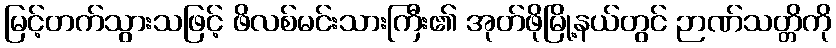
မြင့်တက်သွားသဖြင့် ဖိလစ်မင်းသားကြီး၏ အုတ်ဖိုမြို့နယ်တွင် ဉာဏ်သတ္တိကို